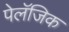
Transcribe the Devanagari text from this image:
पेलॅजिक